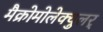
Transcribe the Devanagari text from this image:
मैक्रोमोलेक्युलर्